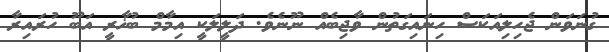
ގުނަވަން ޖެހިލިއަކަސް ހިނައިގަތުން ވާޖިބެއް ނޫނެވެ. ދަލީލަކީ އިމާމް ބުޚާރީ އަބޫ ހުރައިރާ